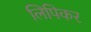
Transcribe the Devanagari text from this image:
लिपिकर